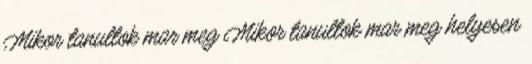
Mikor tanultok mar meg Mikor tanultok mar meg helyesen